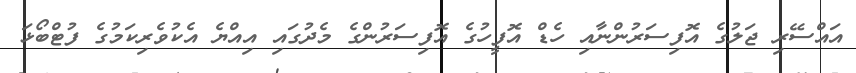
އައްސޭރި ޖަލުގެ އޮފިސަރުންނާއި ހެޑް އޮފީހުގެ އޮފިސަރުންގެ މެދުގައި އިއްޔެ އެކުވެރިކަމުގެ ފުޓްބޯޅަ